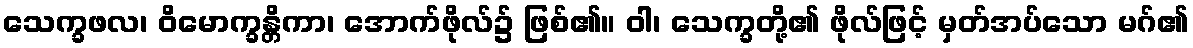
သေက္ခဖလ၊ ဝိမောက္ခန္တိကာ၊ အောက်ဖိုလ်၌ ဖြစ်၏။ ဝါ၊ သေက္ခတို့၏ ဖိုလ်ဖြင့် မှတ်အပ်သော မဂ်၏